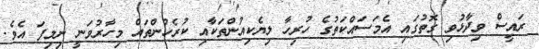
ރައީސް ވިދާޅުވި ގޮތުގައި އެމަސައްކަތުގެ ހުރިހާ ލިޔެކިއުންތަކާއި ކުރެހުންތައް މިހާރުވަނީ ނިމިފަ އެވެ.